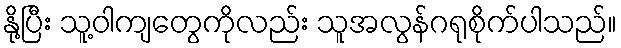
နို့ပြီး သူ့ဝါကျတွေကိုလည်း သူအလွန်ဂရုစိုက်ပါသည်။